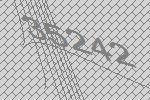
35242